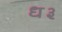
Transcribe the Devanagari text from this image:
ध३